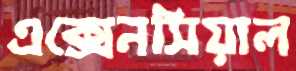
এক্সেনসিয়াল